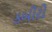
કબીરો